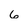
Character: 6